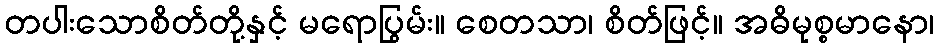
တပါးသောစိတ်တို့နှင့် မရောပြွမ်း။ စေတသာ၊ စိတ်ဖြင့်။ အဓိမုစ္စမာနော၊